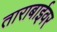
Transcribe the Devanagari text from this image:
ताराबाईवर